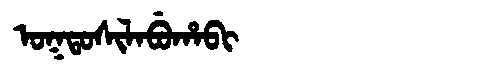
Manchu: ᠣᡴᡨᠣᠰᡳᠯᠠᠪᡠᡥᠠᠪᡳ
Romanization: OKTOSILABUHABI